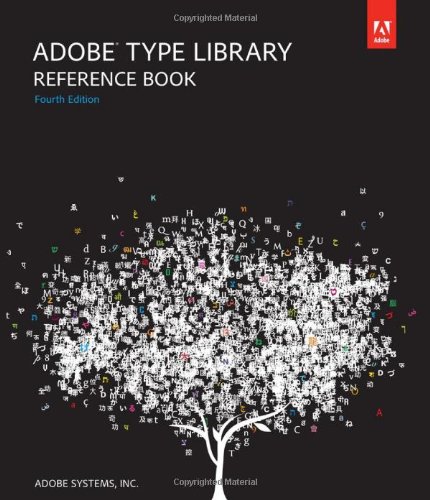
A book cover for Adobe Type Library Reference Book (4th Edition); Adobe Systems  Inc.; Computers & Technology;